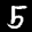
Label: 5